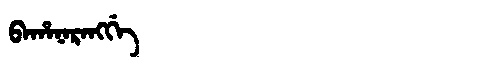
Manchu: ᠪᠠᡥᠠᠨᠠᡵᠠᠩᡤᡝ
Romanization: BAHANARANGGE